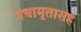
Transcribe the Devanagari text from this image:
पंचामृतासह